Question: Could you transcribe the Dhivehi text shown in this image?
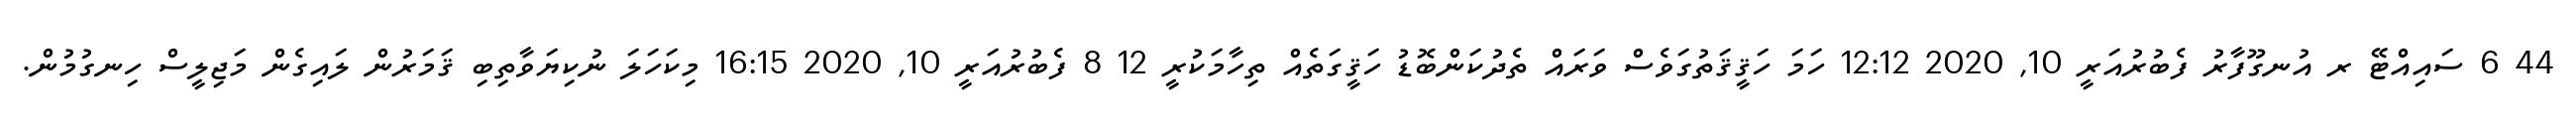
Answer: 44 6 ސައިއްޓޭ ރ އުނގޫފާރު ފެބުރުއަރީ 10, 2020 12:12 ހަމަ ހަޤީޤަތުގަވެސް ވަރައް ތެދުކަންބޮޑު ހަޤީގަތެއް ތިހާމަކުރީ 12 8 ފެބުރުއަރީ 10, 2020 16:15 މިކަހަލަ ނުކިޔަވާތިބި ޤަމަރުން ލައިގެން މަޖިލީސް ހިނގުމުން.